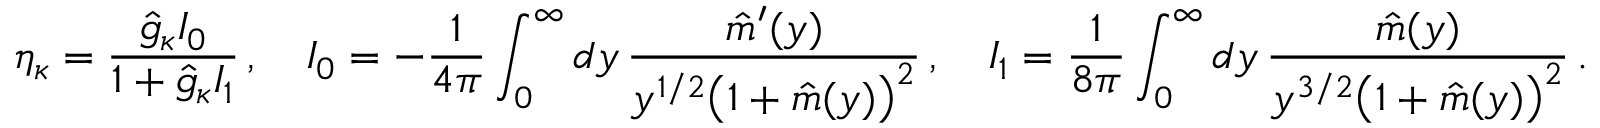
\eta _ { \kappa } = \frac { \hat { g } _ { \kappa } { \cal I } _ { 0 } } { 1 + \hat { g } _ { \kappa } { \cal I } _ { 1 } } \, , \quad { \cal I } _ { 0 } = - \frac { 1 } { 4 \pi } \int _ { 0 } ^ { \infty } d y \, \frac { \hat { m } ^ { \prime } ( y ) } { y ^ { 1 / 2 } \big ( 1 + \hat { m } ( y ) \big ) ^ { 2 } } \, , \quad { \cal I } _ { 1 } = \frac { 1 } { 8 \pi } \int _ { 0 } ^ { \infty } d y \, \frac { \hat { m } ( y ) } { y ^ { 3 / 2 } \big ( 1 + \hat { m } ( y ) \big ) ^ { 2 } } \, .